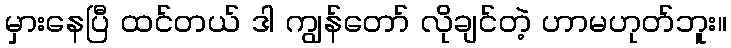
မှားနေပြီ ထင်တယ် ဒါ ကျွန်တော် လိုချင်တဲ့ ဟာမဟုတ်ဘူး။